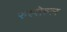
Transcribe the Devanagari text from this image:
रुस्सेल्ल